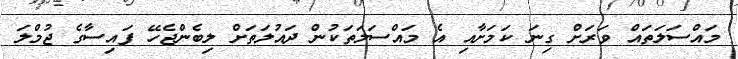
މައްސަލަތައް ވަރަށް ގިނަ ކަމަށާއި އެ މައްސަލަތަކުން ދައުލަތަށް ލިބެންޖެހޭ ފައިސާގެ ޖުމްލަ